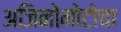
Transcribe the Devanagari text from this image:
अजिनोमोटोचा